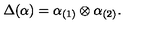
\Delta ( \alpha ) = \alpha _ { ( 1 ) } \otimes \alpha _ { ( 2 ) } .